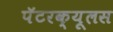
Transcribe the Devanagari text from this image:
पॅटरक्यूलस